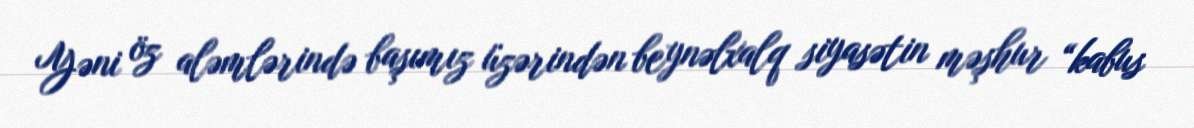
Yəni öz aləmlərində başımız üzərindən beynəlxalq siyasətin məşhur “kabus